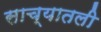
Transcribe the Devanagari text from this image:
साच्यातली